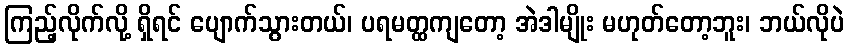
ကြည့်လိုက်လို့ ရှိရင် ပျောက်သွားတယ်၊ ပရမတ္ထကျတော့ အဲဒါမျိုး မဟုတ်တော့ဘူး၊ ဘယ်လိုပဲ